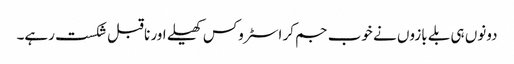
دونوں ہی بلے بازوں نے خوب جم کر اسٹروکس کھیلے اور ناقبل شکست رہے۔